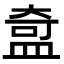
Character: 𬐣